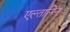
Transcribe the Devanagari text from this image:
एल्तानिन